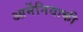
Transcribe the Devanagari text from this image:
आर्मेनियाकी